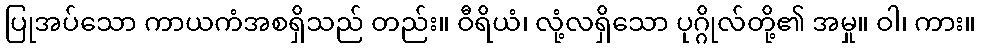
ပြုအပ်သော ကာယကံအစရှိသည် တည်း။ ဝီရိယံ၊ လုံ့လရှိသော ပုဂ္ဂိုလ်တို့၏ အမှု။ ဝါ၊ ကား။